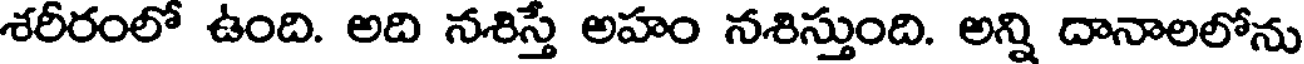
శరీరంలో ఉంది. అది నశిస్తే అహం నశిస్తుంది. అన్ని దానాలలోను